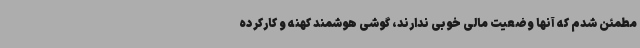
مطمئن شدم که آنها وضعیت مالی خوبی ندارند، گوشی هوشمند کهنه و کارکرده